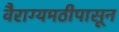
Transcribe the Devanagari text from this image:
वैराग्यमठीपासून